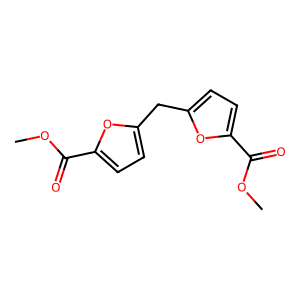
SMILES: COC(=O)c1ccc(Cc2ccc(C(=O)OC)o2)o1
Inhibits HIV replication: No